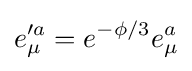
e_{\mu }'^{a}=e^{-\phi /3}e_{\mu }^{a}